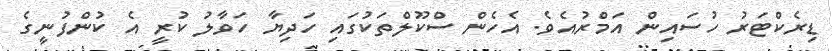
ޑިރެކްޓަރު ހުސައިން އަމްރުއެވެ. އެހެން ސްކޫލްތަކުގައި ހަދިޔާ ހަވާލު ކުރީ އެ ކުންފުނީގެ